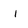
Character: l